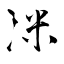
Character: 洣